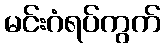
မင်းဂံရပ်ကွက်